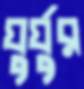
ঘুর্ঘুর